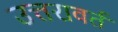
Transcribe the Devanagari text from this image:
उत्तरावर्त